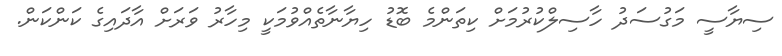
ސިޔާސީ މަގުސަދު ހާސިލްކުރުމަށް ކިތަންމެ ބޮޑު ހިޔާނާތެއްވުމަކީ މިހާރު ވަރަށް އާދައިގެ ކަންކަން.